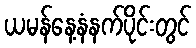
ယမန်နေ့နံနက်ပိုင်းတွင်